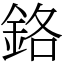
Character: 鉻